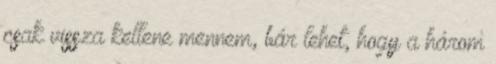
csak vissza kellene mennem, bár lehet, hogy a három